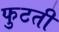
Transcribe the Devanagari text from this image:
फुटती